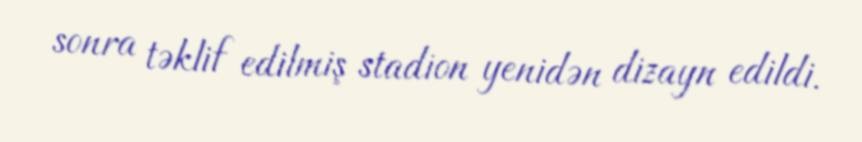
sonra təklif edilmiş stadion yenidən dizayn edildi.